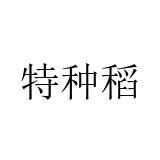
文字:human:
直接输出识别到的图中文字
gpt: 特种稻